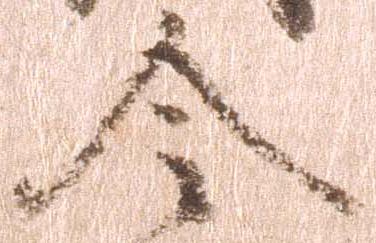
令